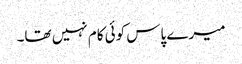
میرے پاس کوئی کام نہیں تھا۔